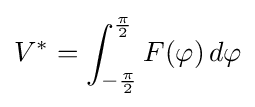
V^{*}=\int _{-{\frac {\pi }{2}}}^{\frac {\pi }{2}}F(\varphi )\,d\varphi